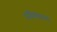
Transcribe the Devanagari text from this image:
अथिचालक